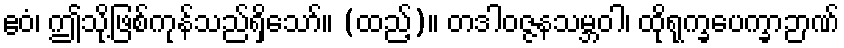
ဧဝံ၊ ဤသို့ဖြစ်ကုန်သည်ရှိသော်။ (ထည့်)။ တဒါဝဇ္ဇနသမ္ဘဝါ၊ ထိုရုက္ခပေက္ခာဉာဏ်